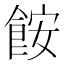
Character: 𫗒